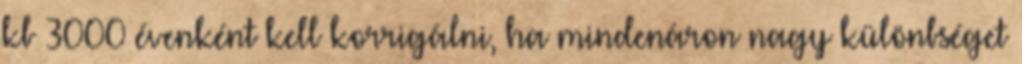
kb 3000 évenként kell korrigálni, ha mindenáron nagy különbséget